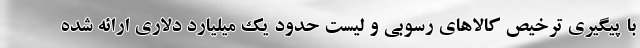
با پیگیری ترخیص کالاهای رسوبی و لیست حدود یک میلیارد دلاری ارائه شده